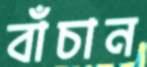
বাঁচান